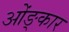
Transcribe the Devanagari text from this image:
ओंङ्कार